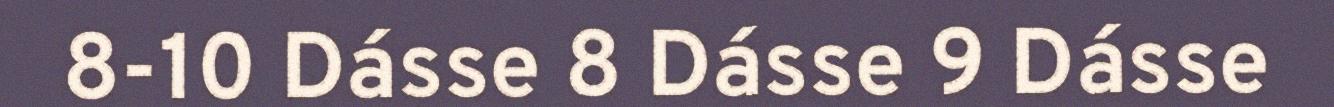
8-10 Dásse 8 Dásse 9 Dásse